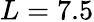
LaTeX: L=7.5